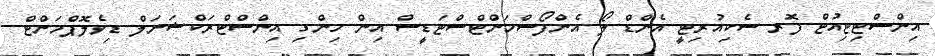
އިންސްޓިޓިއުޓް ފޮރ ސެކިއުރިޓީ އެންޑް ލޯ އެންފޯސްމަންޓްސްޓަޑީސް އިން ހިންގި އިންސްޓްރަކްޝަނަލް ޑިވެލޮޕްމަންޓް